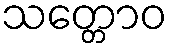
သတ္တောဝ